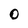
Character: 0